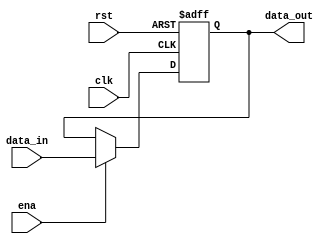
`timescale 1ns / 1ps
//////////////////////////////////////////////////////////////////////////////////
// Company: 
// Engineer: 
// 
// Design Name: 
// Module Name: multyY
// Project Name: 
// Target Devices: 
// Tool Versions: 
// Description: 
// 
// Dependencies: 
// 
// Revision:
// Revision 0.01 - File Created
// Additional Comments:
// 
//////////////////////////////////////////////////////////////////////////////////


module multyY(
input clk,rst,ena,
input [63:0]data_in,
output reg [63:0] data_out
);

always@(posedge clk or posedge rst )
begin
if (rst)
    data_out <= 0;
else if (ena)
    data_out <= data_in;
else
    data_out <= data_out;
end
endmodule